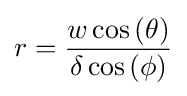
r={\frac {w\cos \left(\theta \right)}{\delta \cos \left(\phi \right)}}